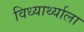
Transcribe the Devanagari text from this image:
विध्यार्थ्याला